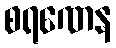
စရဏေန